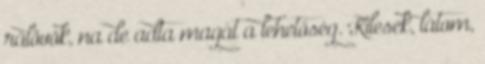
rálövök, na de adta magát a lehetőség. Kilesek, látom,